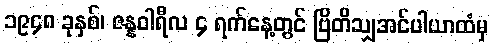
၁၉၄၈ ခုနှစ်၊ ဇန္နဝါရီလ ၄ ရက်နေ့တွင် ဗြိတိသျှအင်ပါယာထံမှ